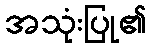
အသုံးပြု၏